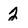
Character: 2